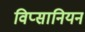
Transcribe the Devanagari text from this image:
विप्सानियन